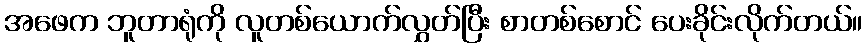
အဖေက ဘူတာရုံကို လူတစ်ယောက်လွှတ်ပြီး စာတစ်စောင် ပေးခိုင်းလိုက်တယ်။